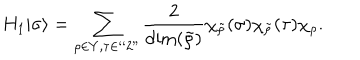
LaTeX: H _ { 1 } | \sigma \rangle = \sum _ { \rho \in Y , \tau \in ` ` 2 " } { \frac { 2 } { \dim ( \tilde { \rho } ) } } \chi _ { \tilde { \rho } } ( \sigma ) \chi _ { \tilde { \rho } } ( \tau ) \chi _ { \rho } .